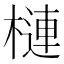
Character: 槤